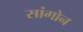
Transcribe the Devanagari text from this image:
सांगोन